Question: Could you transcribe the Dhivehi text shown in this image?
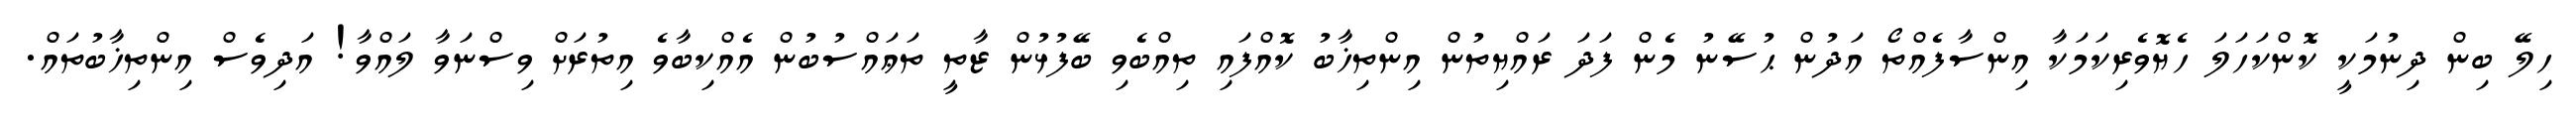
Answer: ހިލޭ ބިން ދިނުމަކީ ކޮންކަހަލަ ހެޔޮވެރިކަމަކާ އިންސާފެއްތޯ އަދުން ޙުސޭނު މެން ފަދަ ރައްޔިތުން އިންތިޚާބު ކޮއްފައި ތިއްބެވި ބޭފުޅުން ޒާތީ ތަޢައްސުބުން އެއްކިބާވެ އިތުރަށް ވިސްނަވާ ލައްވާ! އަދިވެސް އިންތިޚާބުތައް.